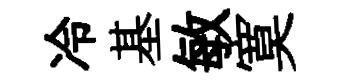
冷基敏寞